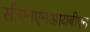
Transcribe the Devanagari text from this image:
सीएनएनआयबीएन